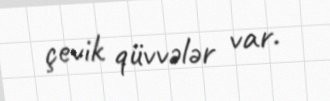
çevik qüvvələr var.